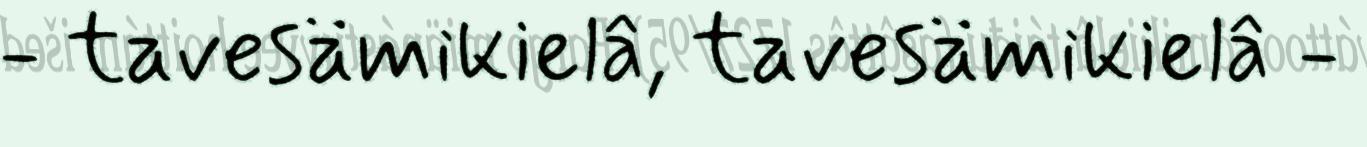
- tavesämikielâ, tavesämikielâ -